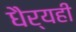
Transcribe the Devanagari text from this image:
धैर्यही